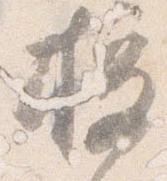
授